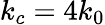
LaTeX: k_{c}=4k_{0}